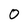
Character: 0